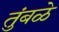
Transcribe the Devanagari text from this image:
तुंबळे